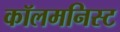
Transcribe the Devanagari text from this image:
कॉलमनिस्ट